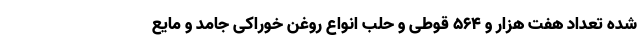
شده تعداد هفت هزار و ۵۶۴ قوطی و حلب انواع روغن خوراکی جامد و مایع